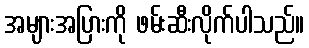
အများအပြားကို ဖမ်းဆီးလိုက်ပါသည်။